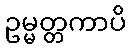
ဥမ္မတ္တကာပိ